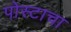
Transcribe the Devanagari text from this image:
पोस्टाचा